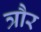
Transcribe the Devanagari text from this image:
त्रौर